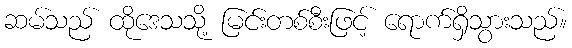
ဆမ်သည် ထိုဒေသသို့ မြင်းတစ်စီးဖြင့် ရောက်ရှိသွားသည်။